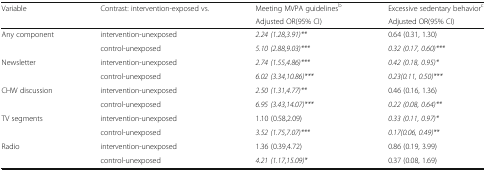
<table><thead><tr><td rowspan="2"><b>Variable</b></td><td rowspan="2"><b>Contrast: intervention-exposed vs.</b></td><td><b>Meeting MVPA guidelines<sup>b</sup></b></td><td><b>Excessive sedentary behavior<sup>c</sup></b></td></tr><tr><td><b>Adjusted OR(95% CI)</b></td><td><b>Adjusted OR(95% CI)</b></td></tr></thead><tbody><tr><td rowspan="2">Any component</td><td>intervention-unexposed</td><td><i>2.24 (1.28,3.91)**</i></td><td>0.64 (0.31, 1.30)</td></tr><tr><td>control-unexposed</td><td><i>5.10 (2.88,9.03)***</i></td><td><i>0.32 (0.17, 0.60)***</i></td></tr><tr><td rowspan="2">Newsletter</td><td>intervention-unexposed</td><td><i>2.74 (1.55,4.86)***</i></td><td><i>0.42 (0.18, 0.95)*</i></td></tr><tr><td>control-unexposed</td><td><i>6.02 (3.34,10.86)***</i></td><td><i>0.23(0.11, 0.50)***</i></td></tr><tr><td rowspan="2">CHW discussion</td><td>intervention-unexposed</td><td><i>2.50 (1.31,4.77)**</i></td><td>0.46 (0.16, 1.36)</td></tr><tr><td>control-unexposed</td><td><i>6.95 (3.43,14.07)***</i></td><td><i>0.22 (0.08, 0.64)**</i></td></tr><tr><td rowspan="2">TV segments</td><td>intervention-unexposed</td><td>1.10 (0.58,2.09)</td><td><i>0.33 (0.11, 0.97)*</i></td></tr><tr><td>control-unexposed</td><td><i>3.52 (1.75,7.07)***</i></td><td><i>0.17(0.06, 0.49)**</i></td></tr><tr><td rowspan="2">Radio</td><td>intervention-unexposed</td><td>1.36 (0.39,4.72)</td><td>0.86 (0.19, 3.99)</td></tr><tr><td>control-unexposed</td><td><i>4.21 (1.17,15.09)*</i></td><td>0.37 (0.08, 1.69)</td></tr></tbody></table>